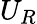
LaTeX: U_{R}